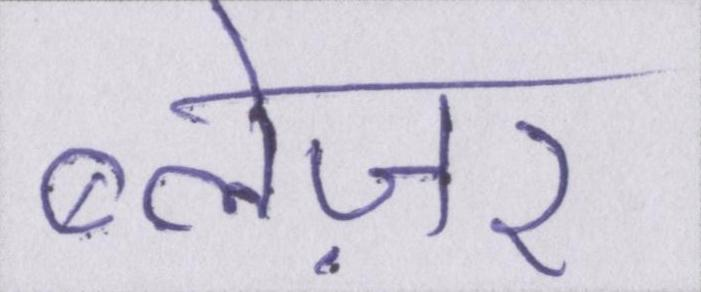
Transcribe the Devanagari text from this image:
ब्लेज़र